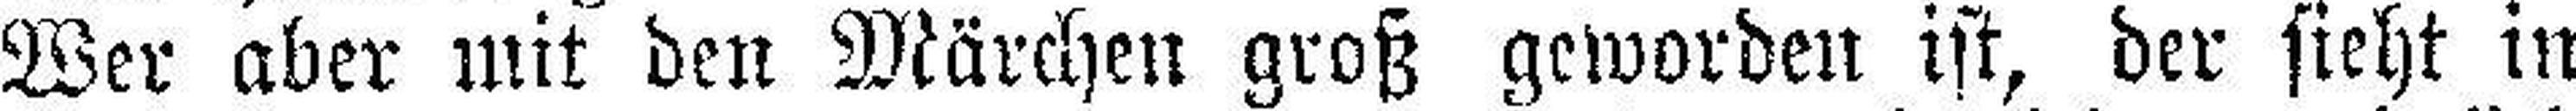
Wer aber mit den Märchen groß geworden ist, der sieht in